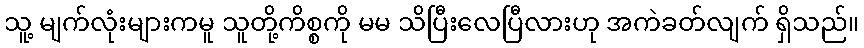
သူ့ မျက်လုံးများကမူ သူတို့ကိစ္စကို မမ သိပြီးလေပြီလားဟု အကဲခတ်လျက် ရှိသည်။